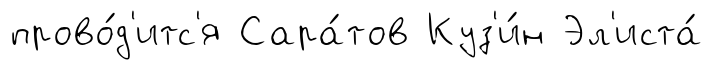
прово́д'итс'я Сара́тов Куз'и́н Эл'иста́